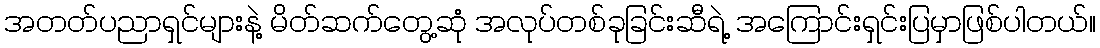
အတတ်ပညာရှင်များနဲ့ မိတ်ဆက်တွေ့ဆုံ အလုပ်တစ်ခုခြင်းဆီရဲ့ အကြောင်းရှင်းပြမှာဖြစ်ပါတယ်။